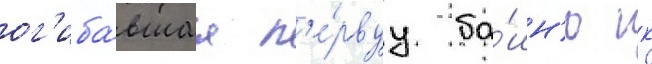
ог'иба́вшаа п'е́рвуу ба́шн'ю гк